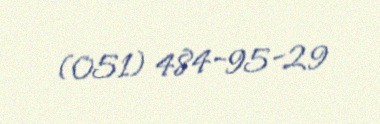
(051) 484-95-29